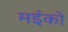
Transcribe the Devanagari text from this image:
मईको